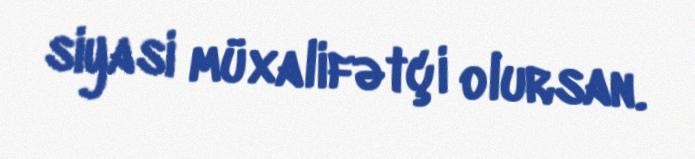
siyasi müxalifətçi olursan.